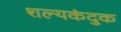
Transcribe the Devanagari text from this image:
शल्यकंदुक